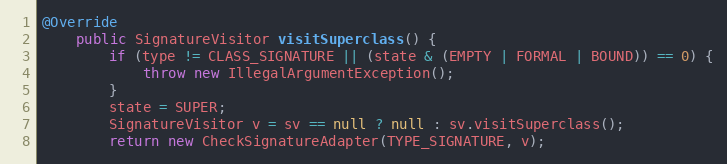
Language: Java
@Override
    public SignatureVisitor visitSuperclass() {
        if (type != CLASS_SIGNATURE || (state & (EMPTY | FORMAL | BOUND)) == 0) {
            throw new IllegalArgumentException();
        }
        state = SUPER;
        SignatureVisitor v = sv == null ? null : sv.visitSuperclass();
        return new CheckSignatureAdapter(TYPE_SIGNATURE, v);